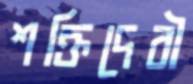
শক্তিদেবী